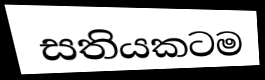
සතියකටම